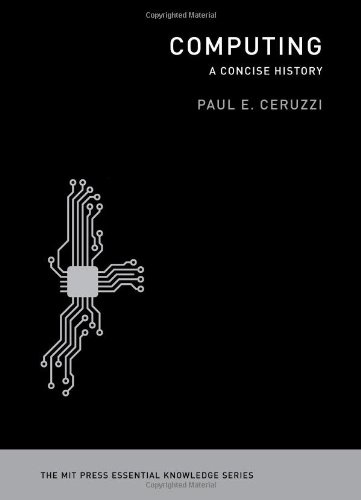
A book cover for Computing: A Concise History (The MIT Press Essential Knowledge series); Paul E. Ceruzzi; Computers & Technology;